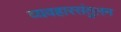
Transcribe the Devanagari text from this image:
व्यवहारसंतुलन